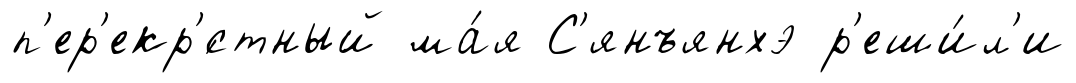
п'ер'екр'́стный ма́я С'янъянхэ р'еши́л'и